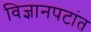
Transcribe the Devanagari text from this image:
विज्ञानपटांत